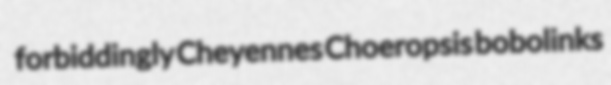
forbiddingly Cheyennes Choeropsis bobolinks